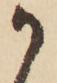
か